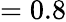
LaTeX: =0.8